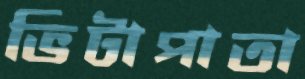
ভিটাপাতা